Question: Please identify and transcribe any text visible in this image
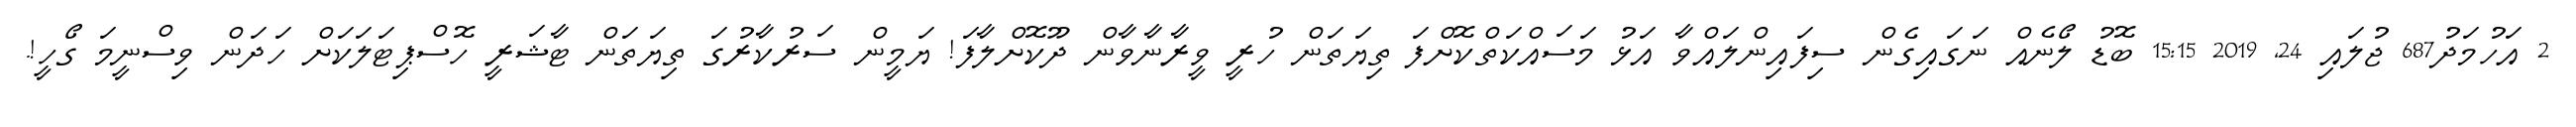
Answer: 2 އަހުމަދު687 ޖުލައި 24, 2019 15:15 ބޮޑު ލޯނެއް ނަގައިގެން ސިފައިންލައްވާ އަޅު މަސައްކަތްކޮށްފަ ތިޔަތަން ހުރީ ވީރާނާވާން ދޫކޮށްލާފަ! ޔަމީން ސަރުކާރުގަ ތިޔަތަން ޓާޝަރީ ހޮސްޕިޓަލަކަށް ހަދަން ވިސްނީމަ ގޯހީ!.